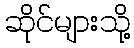
ဆိုင်များသို့